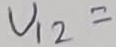
Text: U12=